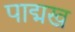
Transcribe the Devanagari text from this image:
पाद्मख